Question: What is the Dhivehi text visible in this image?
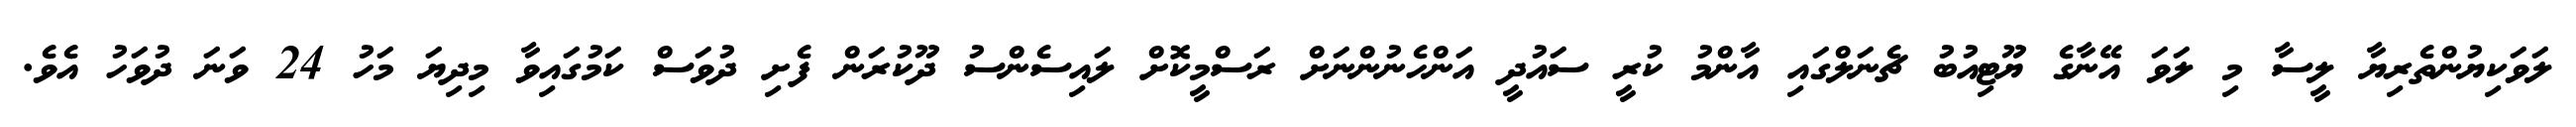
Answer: ލަވަކިޔުންތެރިޔާ ލީސާ މި ލަވަ އޭނާގެ ޔޫޓިއުބު ޗެނަލްގައި އާންމު ކުރީ ސައުދީ އަންހެނުންނަށް ރަސްމީކޮށް ލައިސެންސު ދޫކުރަން ފެށި ދުވަސް ކަމުގައިވާ މިދިޔަ މަހު 24 ވަނަ ދުވަހު އެވެ.